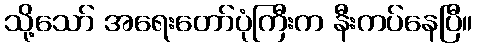
သို့သော် အရေးတော်ပုံကြီးက နီးကပ်နေပြီ။